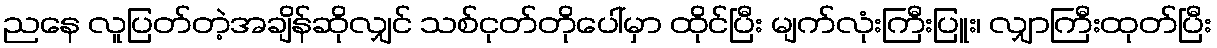
ညနေ လူပြတ်တဲ့အချိန်ဆိုလျှင် သစ်ငုတ်တိုပေါ်မှာ ထိုင်ပြီး မျက်လုံးကြီးပြူး၊ လျှာကြီးထုတ်ပြီး